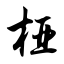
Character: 桠